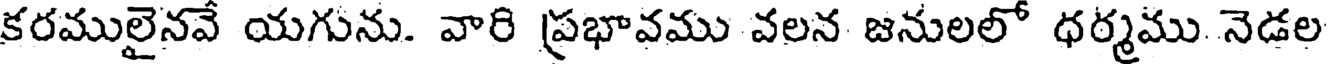
కరములైనవే యగును. వారి ప్రభావము వలన జనులలో ధర్మము నెడల